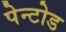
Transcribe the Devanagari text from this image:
पेन्टोड